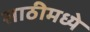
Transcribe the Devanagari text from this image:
साठीमध्ये